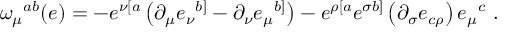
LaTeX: \omega _ { \mu } { } ^ { a b } ( e ) = - e ^ { \nu [ a } \left( \partial _ { \mu } e _ { \nu } { } ^ { b ] } - \partial _ { \nu } e _ { \mu } { } ^ { b ] } \right) - e ^ { \rho [ a } e ^ { \sigma b ] } \left( \partial _ { \sigma } e _ { c \rho } \right) e _ { \mu } { } ^ { c } \ .